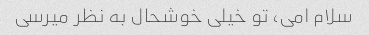
سلام امی، تو خیلی خوشحال به نظر میرسی